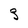
Character: 3